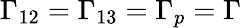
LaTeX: \Gamma_{12}=\Gamma_{13}=\Gamma_{p}=\Gamma